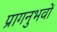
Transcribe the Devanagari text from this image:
प्रागनुभवों